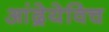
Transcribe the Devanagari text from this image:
आंद्रेयेविच